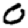
Digit: 0